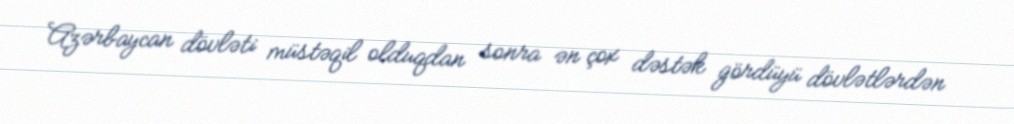
Azərbaycan dövləti müstəqil olduqdan sonra ən çox dəstək gördüyü dövlətlərdən